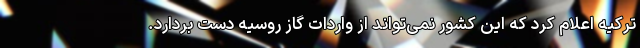
ترکیه اعلام کرد که این کشور نمی‌تواند از واردات گاز روسیه دست بردارد.